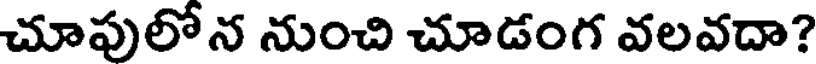
చూపులోన నుంచి చూడంగ వలవదా?